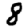
Digit: 8